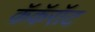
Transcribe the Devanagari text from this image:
कॅकॅरॉट